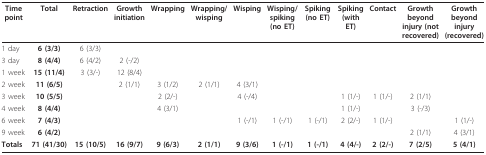
<table><thead><tr><td><b>Time point</b></td><td><b>Total</b></td><td><b>Retraction</b></td><td><b>Growth initiation</b></td><td><b>Wrapping</b></td><td><b>Wrapping/wisping</b></td><td><b>Wisping</b></td><td><b>Wisping/spiking(no ET)</b></td><td><b>Spiking (no ET)</b></td><td><b>Spiking (with ET)</b></td><td><b>Contact</b></td><td><b>Growth beyond injury (not recovered)</b></td><td><b>Growth beyond injury (recovered)</b></td></tr></thead><tbody><tr><td>1 day</td><td><b>6 (3/3)</b></td><td>6 (3/3)</td><td></td><td></td><td></td><td></td><td></td><td></td><td></td><td></td><td></td><td></td></tr><tr><td>3 day</td><td><b>8 (4/4)</b></td><td>6 (4/2)</td><td>2 (-/2)</td><td></td><td></td><td></td><td></td><td></td><td></td><td></td><td></td><td></td></tr><tr><td>1 week</td><td><b>15 (11/4)</b></td><td>3 (3/-)</td><td>12 (8/4)</td><td></td><td></td><td></td><td></td><td></td><td></td><td></td><td></td><td></td></tr><tr><td>2 week</td><td><b>11 (6/5)</b></td><td></td><td>2 (1/1)</td><td>3 (1/2)</td><td>2 (1/1)</td><td>4 (3/1)</td><td></td><td></td><td></td><td></td><td></td><td></td></tr><tr><td>3 week</td><td><b>10 (5/5)</b></td><td></td><td></td><td>2 (2/-)</td><td></td><td>4 (-/4)</td><td></td><td></td><td>1 (1/-)</td><td>1 (1/-)</td><td>2 (1/1)</td><td></td></tr><tr><td>4 week</td><td><b>8 (4/4)</b></td><td></td><td></td><td>4 (3/1)</td><td></td><td></td><td></td><td></td><td>1 (1/-)</td><td></td><td>3 (-/3)</td><td></td></tr><tr><td>6 week</td><td><b>7 (4/3)</b></td><td></td><td></td><td></td><td></td><td>1 (-/1)</td><td>1 (-/1)</td><td>1 (-/1)</td><td>2 (2/-)</td><td>1 (1/-)</td><td></td><td>1 (1/-)</td></tr><tr><td>9 week</td><td><b>6 (4/2)</b></td><td></td><td></td><td></td><td></td><td></td><td></td><td></td><td></td><td></td><td>2 (1/1)</td><td>4 (3/1)</td></tr><tr><td><b>Totals</b></td><td><b>71 (41/30)</b></td><td><b>15 (10/5)</b></td><td><b>16 (9/7)</b></td><td><b>9 (6/3)</b></td><td><b>2 (1/1)</b></td><td><b>9 (3/6)</b></td><td><b>1 (-/1)</b></td><td><b>1 (-/1)</b></td><td><b>4 (4/-)</b></td><td><b>2 (2/-)</b></td><td><b>7 (2/5)</b></td><td><b>5 (4/1)</b></td></tr></tbody></table>